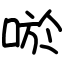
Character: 唹